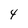
Character: 4